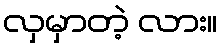
လှမှာတဲ့ လား။